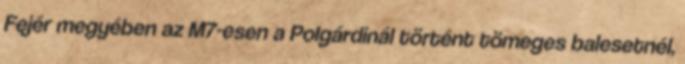
Fejér megyében az M7-esen a Polgárdinál történt tömeges balesetnél,